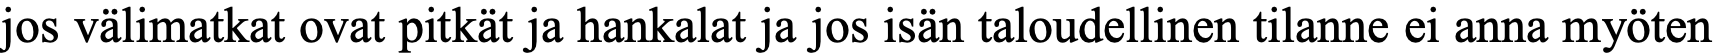
jos välimatkat ovat pitkät ja hankalat ja jos isän taloudellinen tilanne ei anna myöten